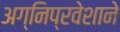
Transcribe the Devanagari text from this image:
अग्‍निप्रवेशाने